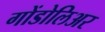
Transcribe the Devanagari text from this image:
गोंडोलिअर